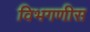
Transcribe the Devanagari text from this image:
विभगणीस